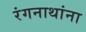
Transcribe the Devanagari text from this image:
रंगनाथांना